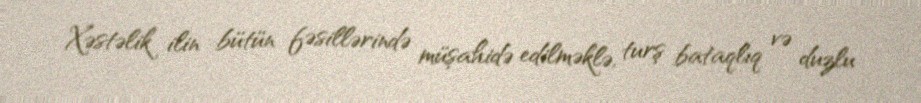
Xəstəlik ilin bütün fəsillərində müşahidə edilməklə, turş bataqlıq və duzlu